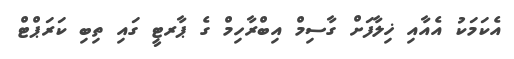
އެކަމަކު އެއާއި ޚިލާފަށް ގާސިމް އިބްރާހިމް ގެ ޕާރޓީ ގައި ތިބި ކަރަޕްޓް